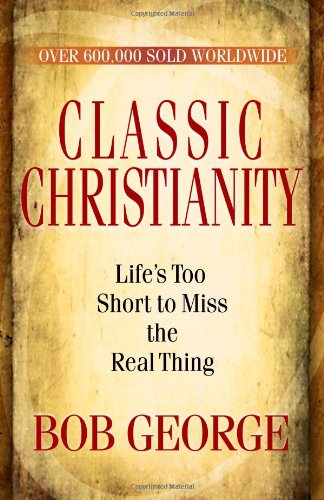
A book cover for Classic Christianity: Life's Too Short to Miss the Real Thing; Bob George; Christian Books & Bibles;